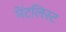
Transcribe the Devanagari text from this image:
मेंटलिस्ट